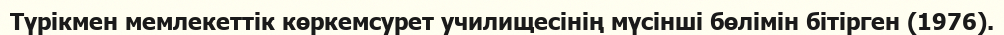
Түрікмен мемлекеттік көркемсурет училищесінің мүсінші бөлімін бітірген (1976).